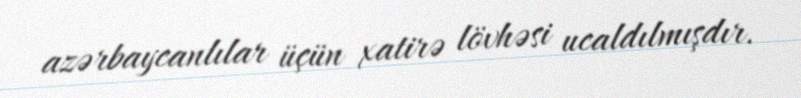
azərbaycanlılar üçün xatirə lövhəsi ucaldılmışdır.